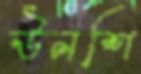
উনশি